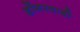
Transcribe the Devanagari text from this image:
डोंगरवाडी